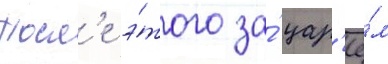
Посл'е э́того за́ цар'ё́м